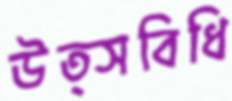
উত্সবিধি